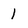
Character: 1